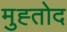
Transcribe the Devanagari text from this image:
मुह्तोद